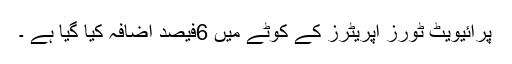
پرائیویٹ ٹورز آپریٹرز کے کوٹے میں 6فیصد اضافہ کیا گیا ہے ۔